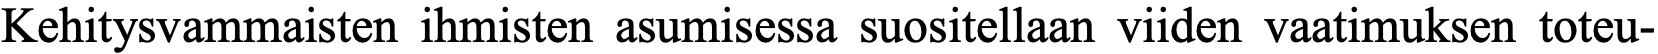
Kehitysvammaisten ihmisten asumisessa suositellaan viiden vaatimuksen toteu-